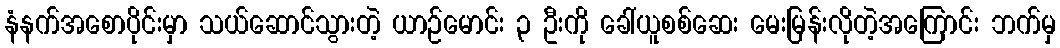
နံနက်အစောပိုင်းမှာ သယ်ဆောင်သွားတဲ့ ယာဉ်မောင်း ၃ ဦးကို ခေါ်ယူစစ်ဆေး မေးမြန်းလိုတဲ့အကြောင်း ဘက်မှ